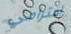
إحترامي